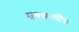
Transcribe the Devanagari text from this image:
मृचछकटिक